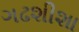
ગઢશીશા